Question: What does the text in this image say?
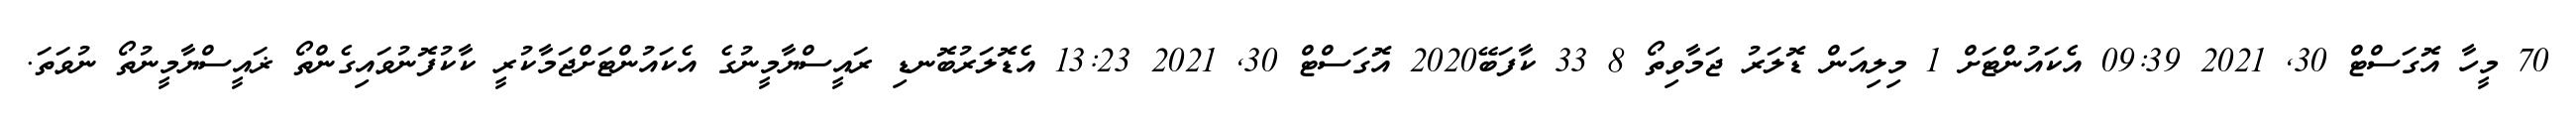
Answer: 70 މީހާ އޮގަސްޓް 30, 2021 09:39 އެކައުންޓަށް 1 މިލިއަން ޑޮލަރު ޖަމާވިތޯ 8 33 ކާފަބޭ2020 އޮގަސްޓް 30, 2021 13:23 އެޑޮލަރުބޮނޑި ރައީސްޔާމީނުގެ އެކައުންޓަށްޖަމާކުރީ ކާކުފޮނުވައިގެންތޯ ޜައީސްޔާމީނުތޯ ނުވަތަ.